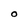
Character: O